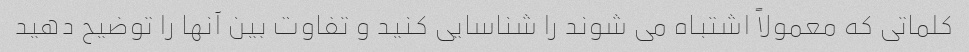
کلماتی که معمولاً اشتباه می شوند را شناسایی کنید و تفاوت بین آنها را توضیح دهید